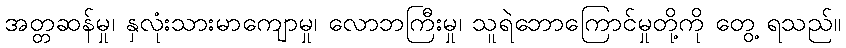
အတ္တဆန်မှု၊ နှလုံးသားမာကျောမှု၊ လောဘကြီးမှု၊ သူရဲဘောကြောင်မှုတို့ကို တွေ့ ရသည်။